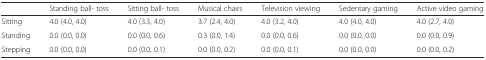
<table><thead><tr><td></td><td><b>Standing ball- toss</b></td><td><b>Sitting ball- toss</b></td><td><b>Musical chairs</b></td><td><b>Television viewing</b></td><td><b>Sedentary gaming</b></td><td><b>Active video gaming</b></td></tr></thead><tbody><tr><td>Sitting</td><td>4.0 (4.0, 4.0)</td><td>4.0 (3.3, 4.0)</td><td>3.7 (2.4, 4.0)</td><td>4.0 (3.2, 4.0)</td><td>4.0 (4.0, 4.0)</td><td>4.0 (2.7, 4.0)</td></tr><tr><td>Standing</td><td>0.0 (0.0, 0.0)</td><td>0.0 (0.0, 0.6)</td><td>0.3 (0.0, 1.4)</td><td>0.0 (0.0, 0.6)</td><td>0.0 (0.0, 0.0)</td><td>0.0 (0.0, 0.9)</td></tr><tr><td>Stepping</td><td>0.0 (0.0, 0.0)</td><td>0.0 (0.0, 0.1)</td><td>0.0 (0.0, 0.2)</td><td>0.0 (0.0, 0.1)</td><td>0.0 (0.0, 0.0)</td><td>0.0 (0.0, 0.2)</td></tr></tbody></table>